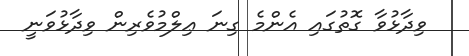
ވިދާޅުވާ ގޮތުގައި އެންމެ ގިނަ ޢިލްމުވެރިން ވިދާޅުވަނީ